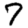
Digit: 7